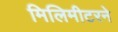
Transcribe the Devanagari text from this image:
मिलिमीटरने